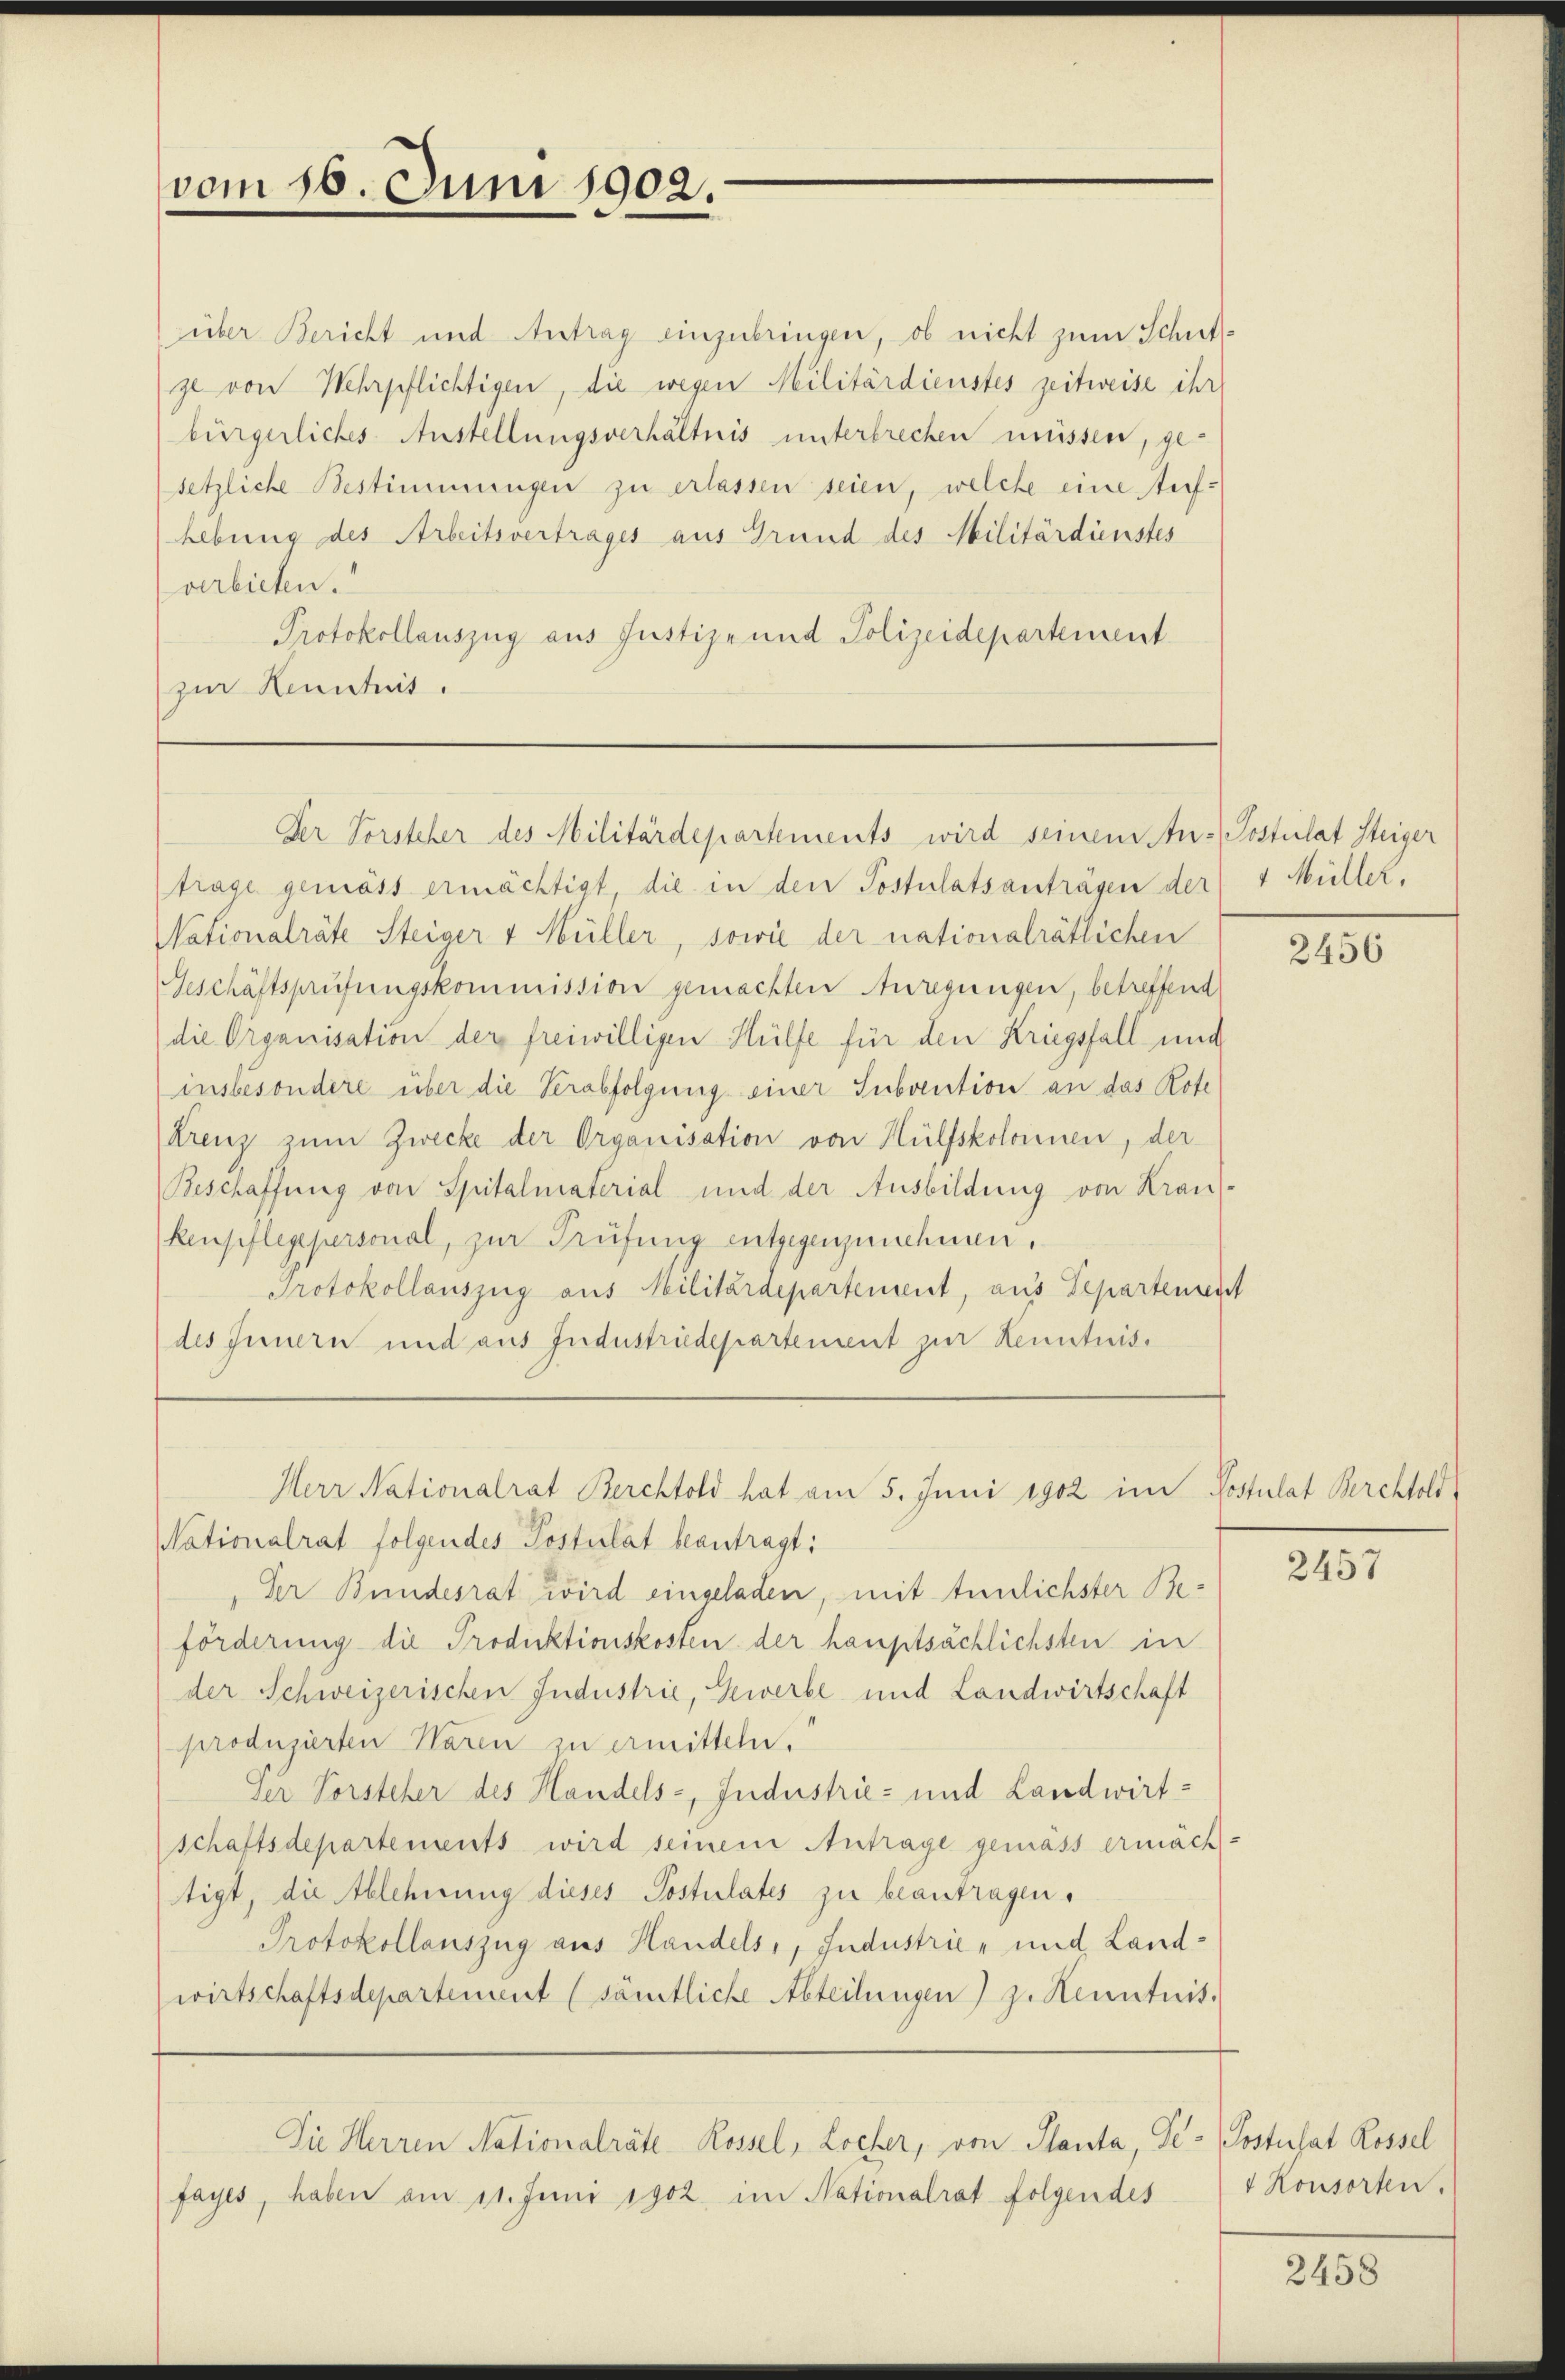
über Bericht und Antrag einzubringen, ob nicht zum Schulze von Wehrpflichtigen, die wegen Militärdienstes zeitweise ihr
bürgerliches Austellungsverhältnis unterbrechen müssen, gesetzliche Bestimmungen zu erlassen seien, welche eine Auf-
hebung des Arbeitsvertrages aus Grund des Militärdienstes
verbieten.
Protokollauszug aus Justiz- und Polizeidepartement
zur Kenntnis.

vom 16. Juni 1902.

Der Vorsteher des Militärdepartements wird seinem An-Postulat Steiger

Herr Nationalrat Berchtold hat am 5. Juni 1902 im Postulat Berchtold

fayes, haben am 11. Juni 1902 im Nationalrat folgendes

Die Herren Nationalräte Rossel, Locher, von Planta, Ge- (Postulat Rossel

Nationalrat folgendes Postulat beantragt:
Der Bundesrat wird eingeladen, mit tunlichster Beförderung die Produktionskosten der hauptsächlichsten in
der Schweizerischen Industrie, Gewerbe und Landwirtschaft
produzierten Waren zu ermitteln.
Der Vorsteher des Handels-, Industrie- und Landwirtschaftsdepartements wird seinem Antrage gemäss ermächtigt, die Ablehnung dieses Postulates zu beantragen.
Protokollauszug aus Handels,, Jndustrie- und Landwirtschaftsdepartement (sämtliche Abteilungen) z. Henntnis.

trage gemäss ermächtigt, die in den Postulatsanträgen der 4 Müller,
Nationalräte Steiger v Müller, sowie der nationalrätlichen
Geschäftsprüfungskommission gemachten Anregungen, betreffend
die Organisation der freiwilligen Hülfe für den Kriegsfall und
(insbesondere über die Verabfolgung einer Subvention an das Rote
Kreuz zum Zwecke der Organisation von Hülfskolonnen, der
Beschaffung von Spitalmaterial und der Ausbildung von Krauskenpflegepersonal, zur Prüfung entgegenzunehmen.
Protokollauszug aus Militärdepartement, aus Departement
des Innern und aus Industriedepartement zur Kenntnis.

2456

2457

4 Konsorten.

2458